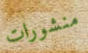
منشورات